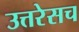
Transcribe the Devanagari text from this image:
उत्तरेसच